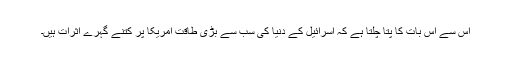
اس سے اس بات کا پتا چلتا ہے کہ اسرائیل کے دُنیا کی سب سے بڑی طاقت امریکا پر کتنے گہرے اثرات ہیں۔